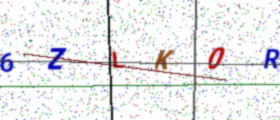
Text: 6ZLK0R